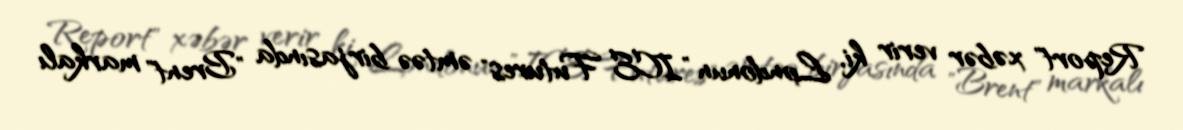
Report" xəbər verir ki, Londonun "ICE Futures" əmtəə birjasında "Brent" markalı